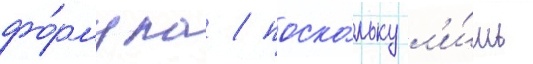
фо́рмула / поско́льку л'и́шь